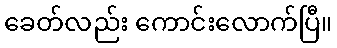
ခေတ်လည်း ကောင်းလောက်ပြီ။